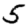
Digit: 5